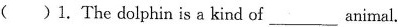
( )1.The dolphin is a kind of ___ animal.